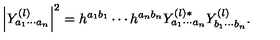
\left| Y _ { a _ { 1 } \cdots a _ { n } } ^ { ( l ) } \right| ^ { 2 } = h ^ { a _ { 1 } b _ { 1 } } \cdots h ^ { a _ { n } b _ { n } } Y _ { a _ { 1 } \cdots a _ { n } } ^ { ( l ) * } Y _ { b _ { 1 } \cdots b _ { n } } ^ { ( l ) } .